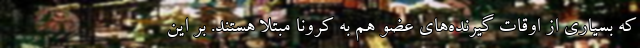
که بسیاری از اوقات گیرنده‌های عضو هم به کرونا مبتلا هستند. بر این